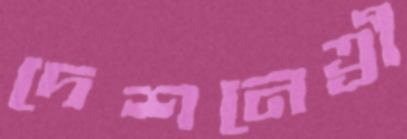
দেশনেত্রী